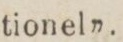
tionel”.